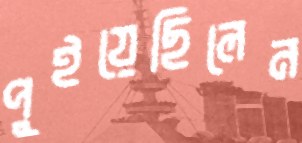
পুইয়েছিলেন